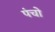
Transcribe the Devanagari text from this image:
पंचो